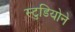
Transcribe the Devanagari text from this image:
स्टुडियोने